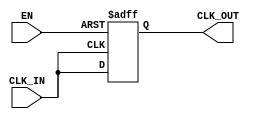
module clock_buffer (
    input wire CLK_IN,         // Input clock signal
    input wire EN,            // Enable signal
    output reg CLK_OUT        // Buffered clock output
);

    // Parameters for propagation delay, rise/fall times (adjust as needed)
    parameter PROP_DELAY_MIN = 1; // Minimum propagation delay (in ns)
    parameter PROP_DELAY_MAX = 3; // Maximum propagation delay (in ns)

    // Internal signal for delayed clock
    reg CLK_IN_delayed;
    
    // Always block for buffering the clock signal with enable functionality
    always @(posedge CLK_IN or negedge EN) begin
        if (!EN) begin
            CLK_OUT <= 1'b0; // Drive output LOW when disabled
        end else begin
            // Simulate propagation delay
            #PROP_DELAY_MIN CLK_IN_delayed = CLK_IN; // Delay for minimum
            // Rise and fall transition simulation
            #PROP_DELAY_MAX CLK_OUT <= CLK_IN_delayed; // Assign delayed clock to output
        end
    end

endmodule